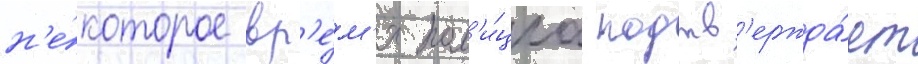
н'е́которое вр'е́м'я пол'и́циа подтв'ержда́ет